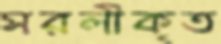
সরলীকৃত